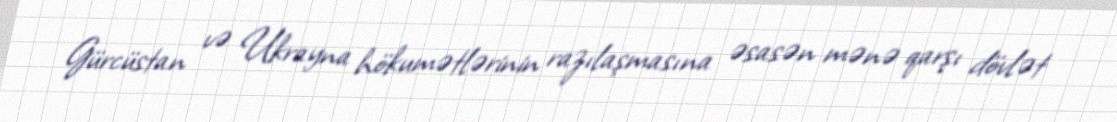
Gürcüstan və Ukrayna hökumətlərinin razılaşmasına əsasən mənə qarşı dövlət